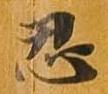
忍